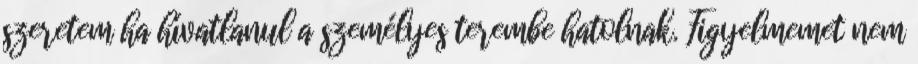
szeretem ha hívatlanul a személyes terembe hatolnak. Figyelmemet nem